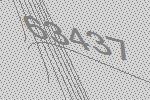
63437